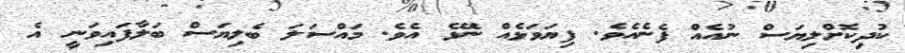
ކުދިކޮށްލިޔަސް ނުއެއް ފެނެއެވެ. ފިޔަވަޅެއް ނޭޅެ އެވެ. މައްސަލަ ބެލިޔަސް ބަލާފައިވަނީ އެ